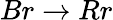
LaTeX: Br\rightarrow Rr